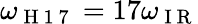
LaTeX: \omega_{\mathrm{~H~1~7~}}=17\omega_{\mathrm{~I~R~}}